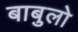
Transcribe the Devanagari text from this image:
बाबुलो